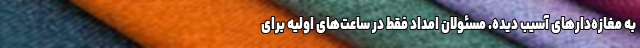
به مغازه‌دارهای آسیب دیده. مسئولان امداد فقط در ساعت‌های اولیه برای